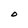
Character: O